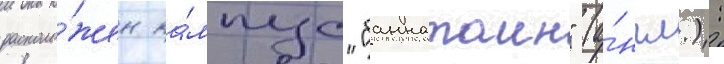
располо́жен ка́мпус "баннатаин" (а́нгл.):